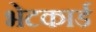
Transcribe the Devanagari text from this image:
भेटकार्ड